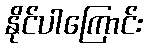
နိုင်ပါကြောင်း